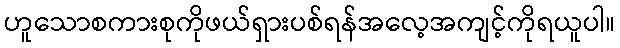
ဟူသောစကားစုကိုဖယ်ရှားပစ်ရန်အလေ့အကျင့်ကိုရယူပါ။